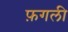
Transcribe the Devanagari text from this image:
फ़गली